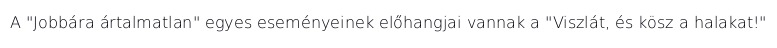
A "Jobbára ártalmatlan" egyes eseményeinek előhangjai vannak a "Viszlát, és kösz a halakat!"